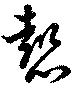
懿